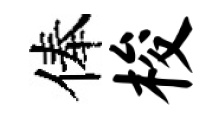
俸梭